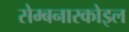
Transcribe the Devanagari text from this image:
सेम्बनारकोइल